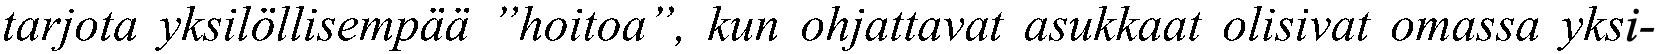
tarjota yksilöllisempää ”hoitoa”, kun ohjattavat asukkaat olisivat omassa yksi-